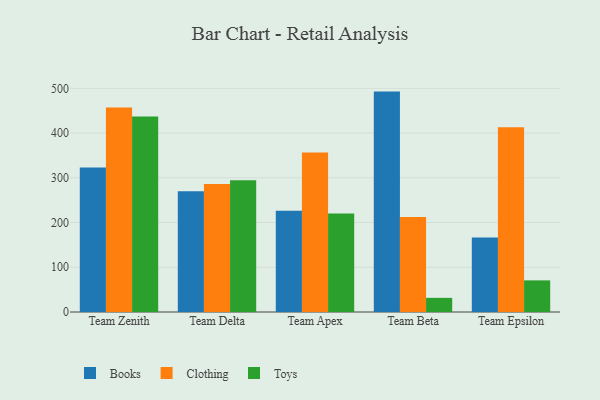
{"axis": {"x": "Team", "y": "Humidity (%)"}, "legend": ["Books", "Clothing", "Toys"], "data": [{"x": "Team Zenith", "y": 322.8, "type": "Books"}, {"x": "Team Zenith", "y": 457.0, "type": "Clothing"}, {"x": "Team Zenith", "y": 437.1, "type": "Toys"}, {"x": "Team Delta", "y": 270.0, "type": "Books"}, {"x": "Team Delta", "y": 286.1, "type": "Clothing"}, {"x": "Team Delta", "y": 294.6, "type": "Toys"}, {"x": "Team Apex", "y": 226.1, "type": "Books"}, {"x": "Team Apex", "y": 356.4, "type": "Clothing"}, {"x": "Team Apex", "y": 220.2, "type": "Toys"}, {"x": "Team Beta", "y": 492.7, "type": "Books"}, {"x": "Team Beta", "y": 212.1, "type": "Clothing"}, {"x": "Team Beta", "y": 31.6, "type": "Toys"}, {"x": "Team Epsilon", "y": 166.4, "type": "Books"}, {"x": "Team Epsilon", "y": 412.9, "type": "Clothing"}, {"x": "Team Epsilon", "y": 70.7, "type": "Toys"}]}